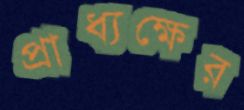
প্রাধ্যক্ষের